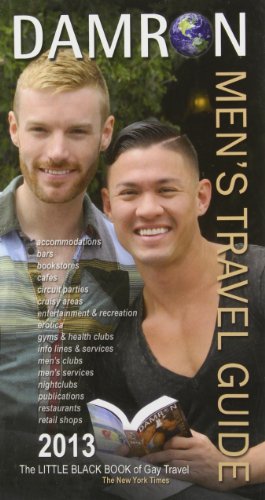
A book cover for Damron Men's Travel Guide: 2013 Edition; Gina M. Gatta; Gay & Lesbian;